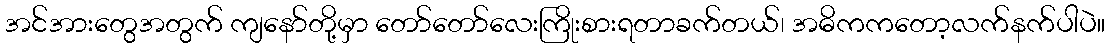
အင်အားတွေအတွက် ကျနော်တို့မှာ တော်တော်လေးကြိုးစားရတာခက်တယ်၊ အဓိကကတော့လက်နက်ပါပဲ။